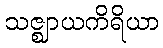
သဇ္ဈာယကိရိယာ